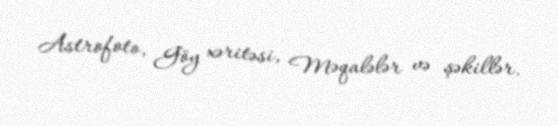
Astrofoto, Göy xəritəsi, Məqalələr və şəkillər.